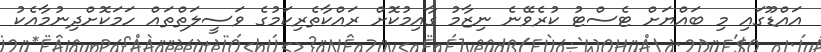
އައްޑޫގައި މި ބައްޔަށް ޓެސްޓު ކުރެވޭނެ ނިޒާމު ގާއިމުކޮށް ރައްކާތެރިކަމުގެ ވަސީލަތްތައް ހަމަކޮށްދިނުމާއެކު